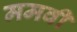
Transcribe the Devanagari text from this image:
ममवी